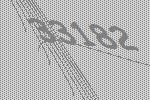
33182